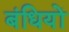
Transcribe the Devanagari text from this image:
बंधियों